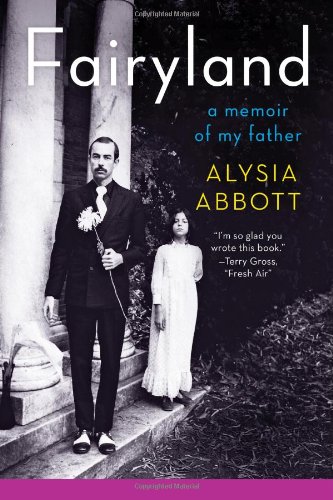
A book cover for Fairyland: A Memoir of My Father; Alysia Abbott; Gay & Lesbian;